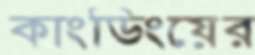
কাংডিংয়ের